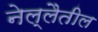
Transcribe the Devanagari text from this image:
नेल्लैतील